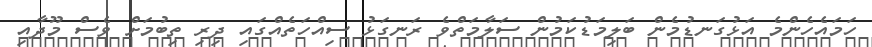
ހަމައެހެންމެ އަޅުގަނޑުމެން ބަލިމަޑުކަމުން ސަލާމަތްވެ ރަނގަޅު ސިއްހަތެއްގައި ދިރި ތިބުމަށް ވެސް މޫދާއި